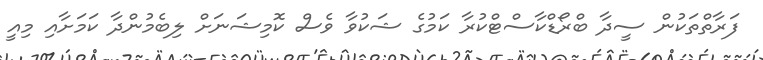
ފަރާތްތަކުން ސީދާ ބްރޯޑްކާސްޓްކުރާ ކަމުގެ ޝަކުވާ ވެސް ކޮމިޝަނަށް ލިބެމުންދާ ކަމަށާއި މިއީ